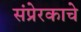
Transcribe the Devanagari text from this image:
संप्रेरकाचे